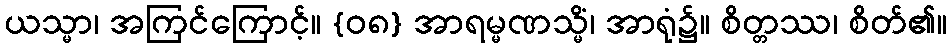
ယသ္မာ၊ အကြင်ကြောင့်။ {၀၈} အာရမ္မဏသ္မိံ၊ အာရုံ၌။ စိတ္တဿ၊ စိတ်၏။